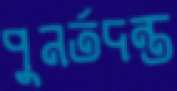
পুনর্তদন্ত